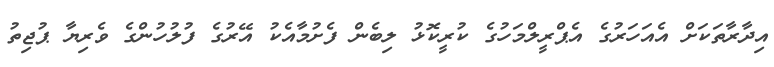
އިދާރާތަކަށް އެއަހަރުގެ އެޕްރީލްމަހުގެ ކުރީކޮޅު ލިބެން ފެށުމާއެކު އޭރުގެ ފުލުހުންގެ ވެރިޔާ ޕުޖިތު